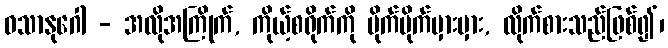
ဝသာနုဂေါ - အလိုအကြိုက်, ကိုယ့်စရိုက်ကို မိုက်မိုက်မှားမှား, လိုက်စားသည်ဖြစ်၍၊